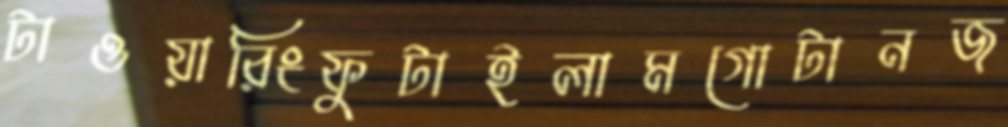
টাওয়ারিংফুটাইলামগোটানজ